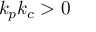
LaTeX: k _ { p } k _ { c } > 0